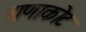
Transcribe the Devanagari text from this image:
राणाकोट